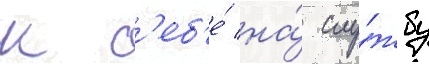
к с'еб'е́ на́ слу́жбу